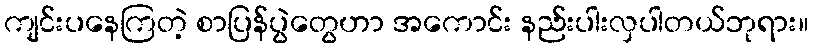
ကျင်းပနေကြတဲ့ စာပြန်ပွဲတွေဟာ အကောင်း နည်းပါးလှပါတယ်ဘုရား။